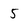
Character: 5